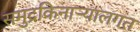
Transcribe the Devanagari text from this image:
समुद्रकिनाऱ्यालगत